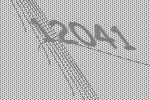
12041